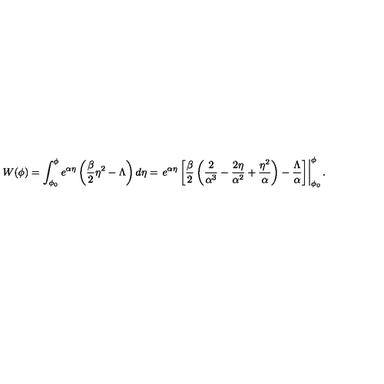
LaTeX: W ( \phi ) = \int _ { \phi _ { 0 } } ^ { \phi } e ^ { \alpha \eta } \left( \frac { \beta } { 2 } \eta ^ { 2 } - \Lambda \right) d \eta = \left. e ^ { \alpha \eta } \left[ \frac { \beta } { 2 } \left( \frac { 2 } { \alpha ^ { 3 } } - \frac { 2 \eta } { \alpha ^ { 2 } } + \frac { \eta ^ { 2 } } { \alpha } \right) - \frac { \Lambda } { \alpha } \right] \right| _ { \phi _ { 0 } } ^ { \phi } .